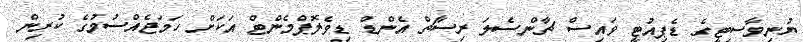
ޔުނިވާސިޓީގެ ޑެޕިއުޓީ ވައިސް ޗާންސެލަ ރިސާޗް އެންޑް ޑިވެލޮޕްމެންޓް އަކަށް ހަމަޖެއްސުމުގެ ކުރިން